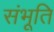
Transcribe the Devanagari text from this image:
संभूति